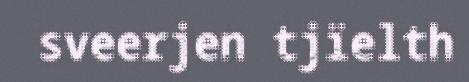
sveerjen tjïelth